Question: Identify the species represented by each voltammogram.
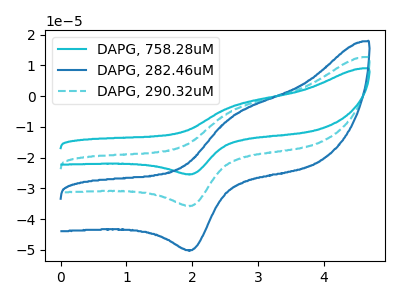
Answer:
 <answer>The cyan curve is labeled "DAPG, 758.28uM". The blue curve is labeled "DAPG, 282.46uM". The cyan dashed curve is labeled "DAPG, 290.32uM".</answer>
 <eval></eval>